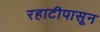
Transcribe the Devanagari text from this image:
रहाटीपासून